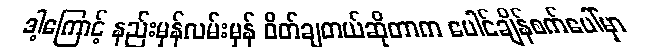
ဒါ့ကြောင့် နည်းမှန်လမ်းမှန် ဝိတ်ချတယ်ဆိုတာက ပေါင်ချိန်စက်ပေါ်မှာ